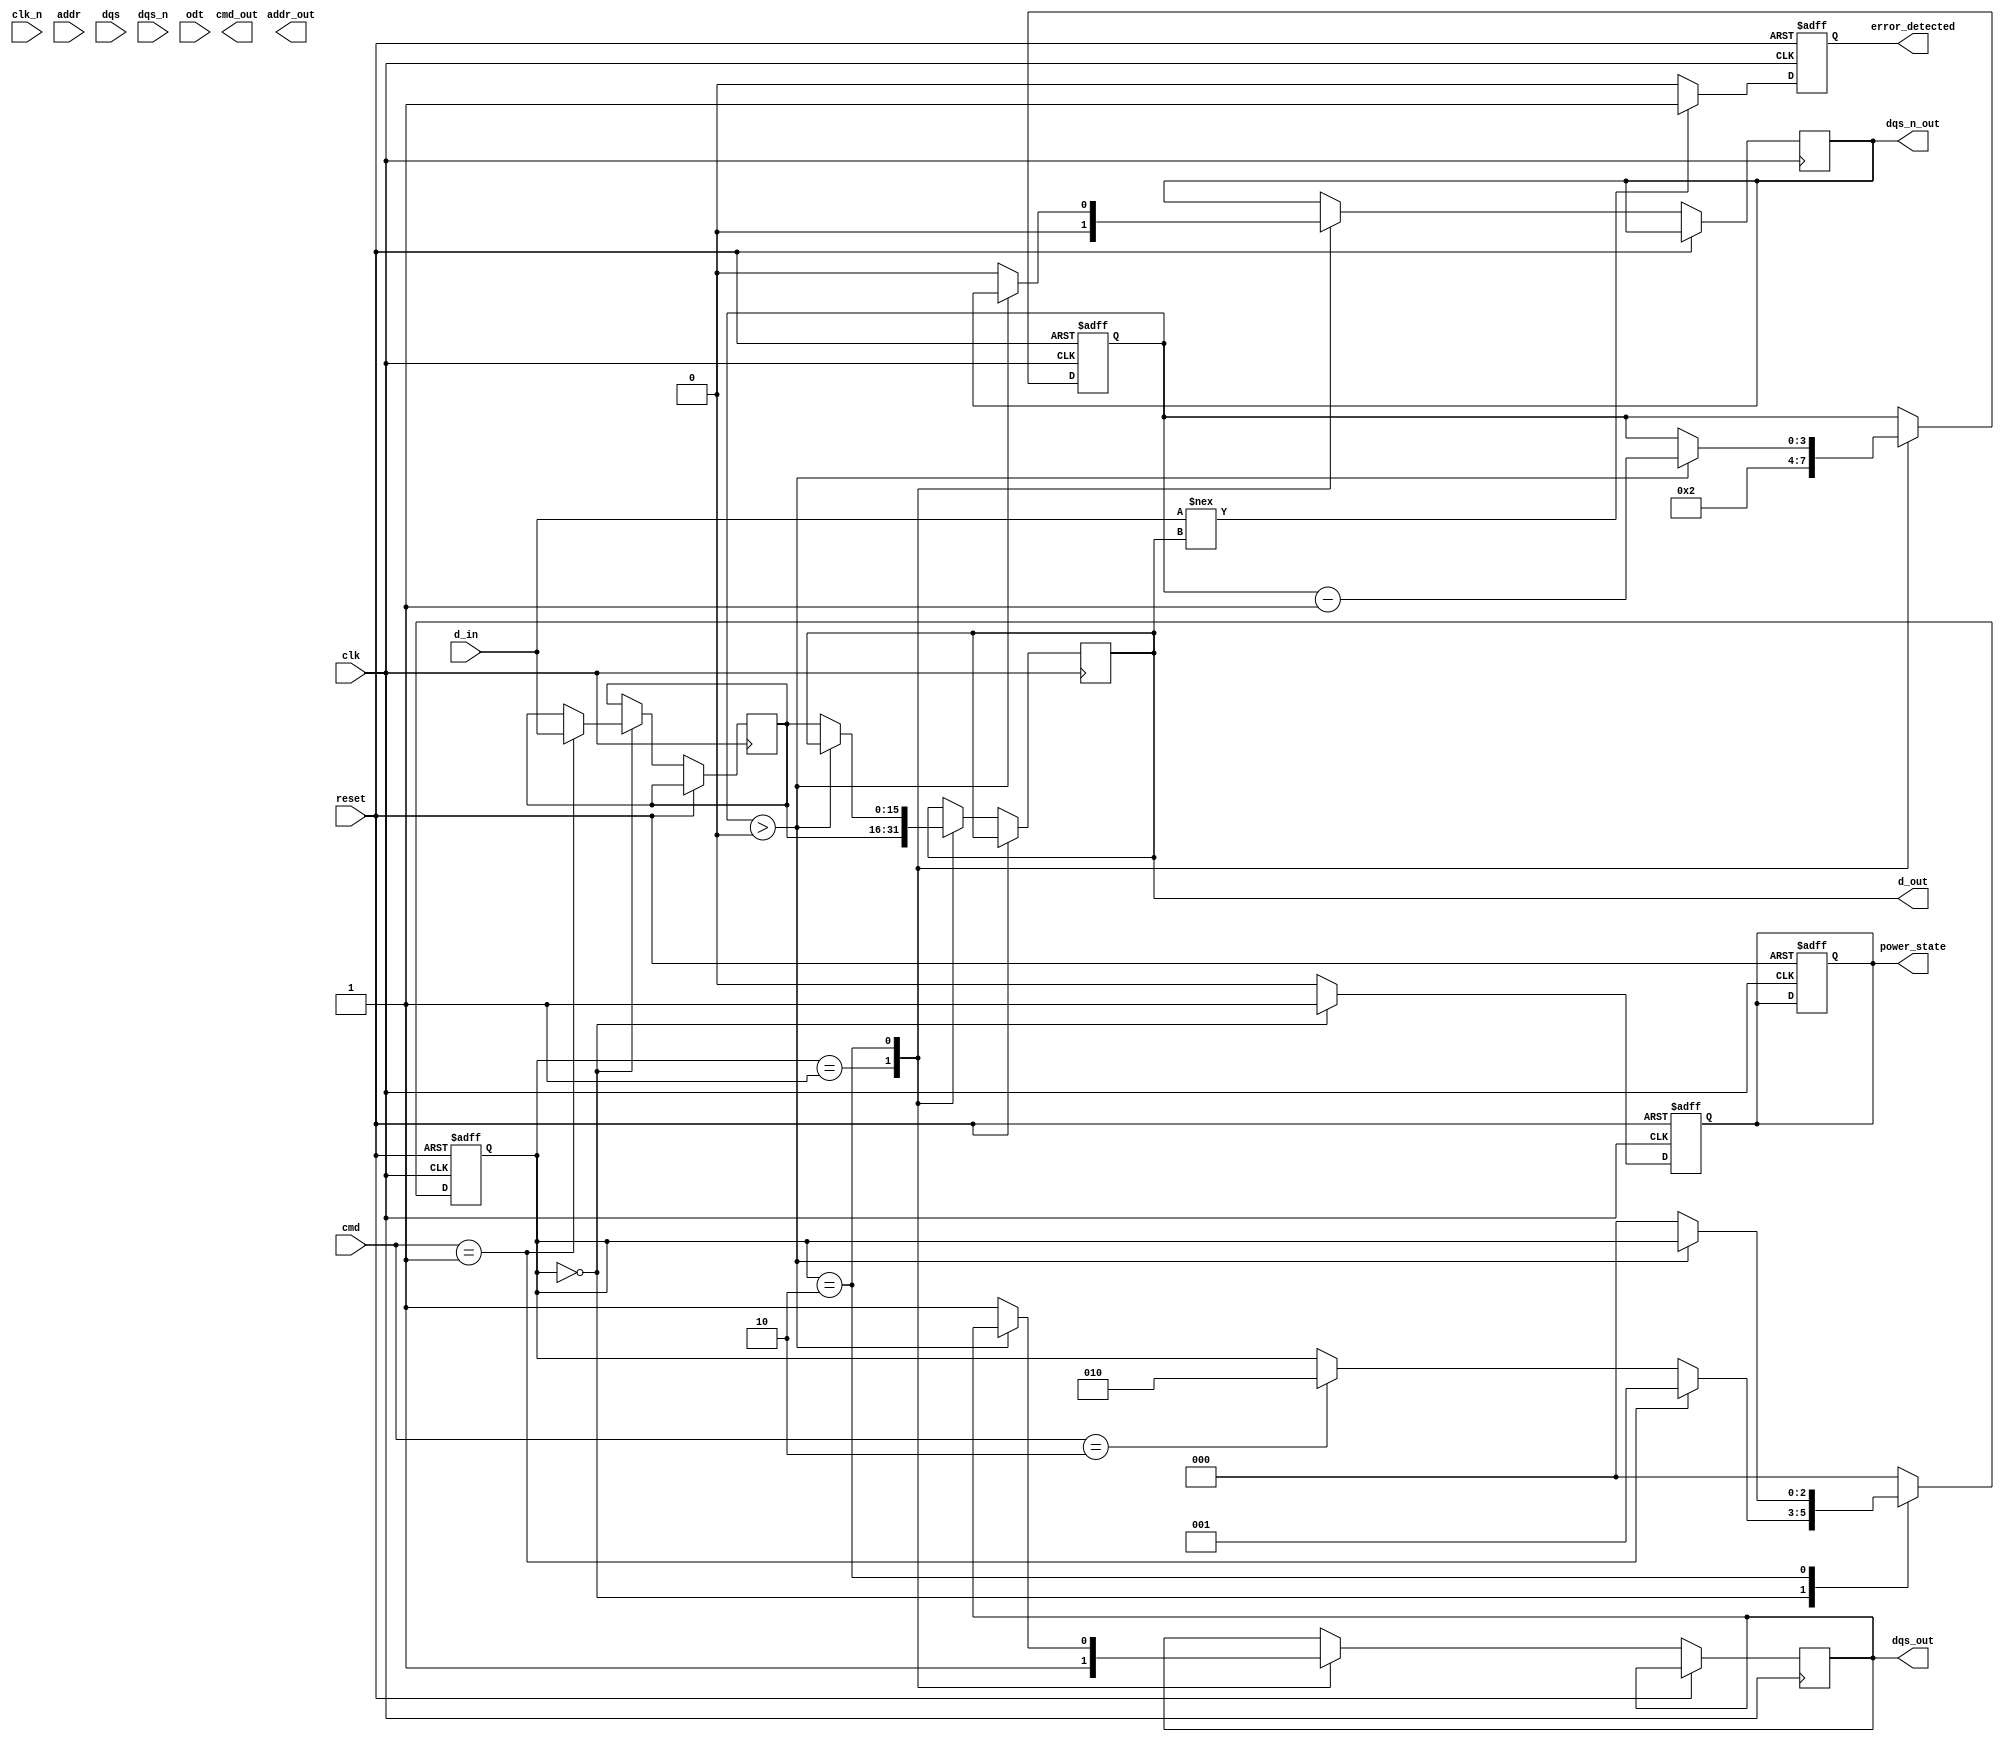
module ddr2_sdram_io_block (
    // Input Signals
    input wire clk,          // Differential Clock Input (CK)
    input wire clk_n,        // Differential Clock Input (CK#)
    input wire [15:0] d_in,  // Data Input (DQ)
    input wire [12:0] addr,  // Address Input (ADDR)
    input wire [2:0] cmd,    // Command Input (CMD)
    input wire dqs,          // Data Strobe (DQS)
    input wire dqs_n,        // Complementary DQS (DQS#)
    input wire odt,          // On-Die Termination Control
    input wire reset,        // Reset Signal

    // Output Signals
    output reg [15:0] d_out, // Data Output (DQ)
    output reg [12:0] addr_out, // Address Output (ADDR)
    output reg [2:0] cmd_out,   // Command Output (CMD)
    output reg dqs_out,        // Data Strobe Output
    output reg dqs_n_out,      // Complementary DQS Output
    output reg power_state,     // Power State Output
    output reg error_detected   // Error Detection Output
);

// Parameters
parameter LATENCY = 2; // Configurable latency

// Internal Signals
reg [15:0] data_buffer; // Buffer for data
reg [2:0] state;        // State machine for read/write operations
reg [3:0] latency_counter; // Latency counter

// State machine for read/write operations
always @(posedge clk or posedge reset) begin
    if (reset) begin
        state <= 3'b000; // Reset state
        latency_counter <= 0;
        power_state <= 1'b0; // Active state
    end else begin
        case (state)
            3'b000: begin // Idle state
                if (cmd == 3'b001) begin // Example: Write command
                    data_buffer <= d_in; // Capture input data
                    state <= 3'b001; // Move to write state
                end else if (cmd == 3'b010) begin // Example: Read command
                    state <= 3'b010; // Move to read state
                end
            end
            3'b001: begin // Write state
                d_out <= data_buffer; // Output data
                dqs_out <= 1'b1; // Assert DQS
                dqs_n_out <= 1'b0; // Assert DQS#
                latency_counter <= LATENCY; // Set latency
                state <= 3'b000; // Return to idle
            end
            3'b010: begin // Read state
                if (latency_counter > 0) begin
                    latency_counter <= latency_counter - 1; // Count down latency
                end else begin
                    d_out <= data_buffer; // Output data
                    dqs_out <= 1'b1; // Assert DQS
                    dqs_n_out <= 1'b0; // Assert DQS#
                    state <= 3'b000; // Return to idle
                end
            end
            default: state <= 3'b000; // Default to idle
        endcase
    end
end

// Power Management Logic
always @(posedge clk or posedge reset) begin
    if (reset) begin
        power_state <= 1'b0; // Active state
    end else begin
        // Example: Transition to idle state logic
        if (state == 3'b000) begin
            power_state <= 1'b1; // Idle state
        end else begin
            power_state <= 1'b0; // Active state
        end
    end
end

// Error Detection Logic (ECC)
always @(posedge clk or posedge reset) begin
    if (reset) begin
        error_detected <= 1'b0; // No error
    end else begin
        // Example: Simple error detection logic
        if (d_in !== d_out) begin
            error_detected <= 1'b1; // Error detected
        end else begin
            error_detected <= 1'b0; // No error
        end
    end
end

endmodule